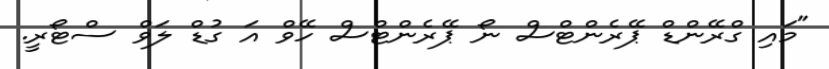
"މައި ގްރޭންޑް ޕޭރެންޓްސް ނޯ ޕޭރެންޓްސް ހޭވް އަ ގުޑް ލަވް ސްޓޯރީ.